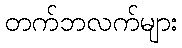
တက်ဘလက်များ